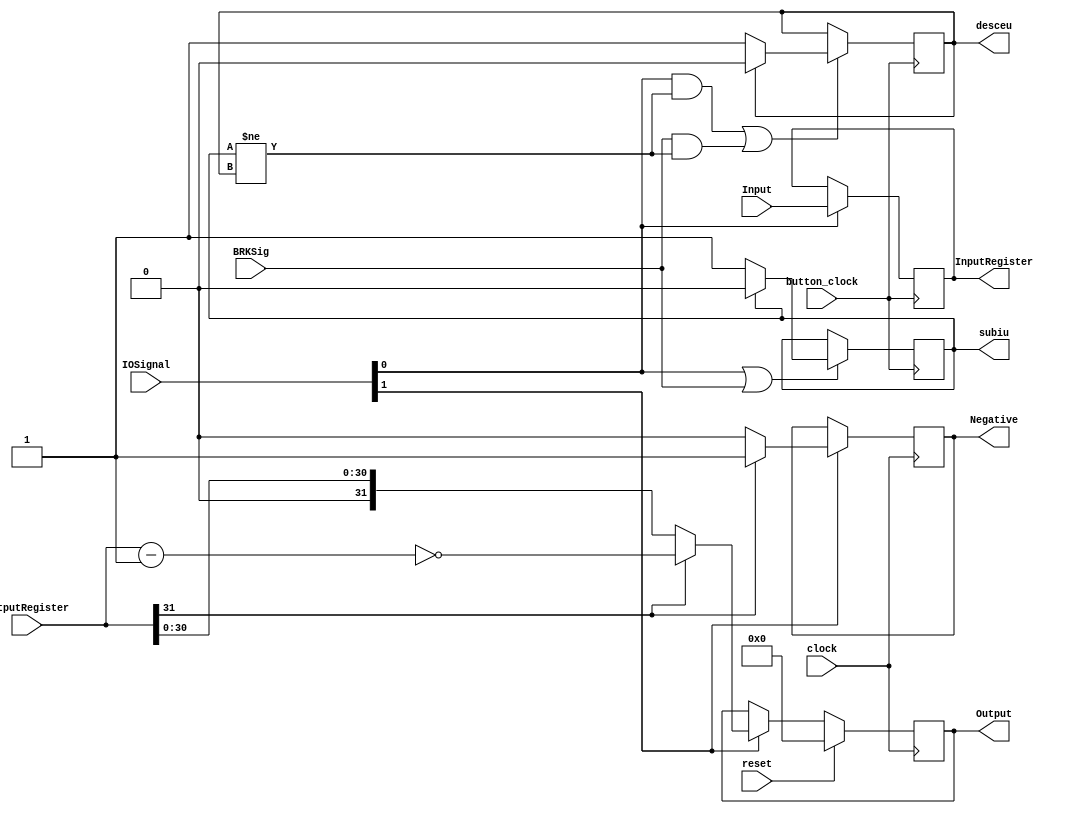
module IOLogic(
	input [1:0] IOSignal,
	input [31:0] OutputRegister,
	input clock, 
	input button_clock,
	input [31:0] Input,
	output reg [31:0] InputRegister,
	output reg subiu,
	output reg desceu,
	output reg [31:0] Output,
	input reset,
	input BRKSig,
	output reg Negative);
	
	reg [31:0] InputCheck;
	
	always@(posedge button_clock)
	begin
		if(IOSignal[0] == 1)
			InputRegister = Input;
	end
	
	always@(posedge button_clock)
	begin
		if(IOSignal[0] == 1 | BRKSig == 1)
		begin
			if(subiu == 0)
				subiu = 1;
			else
				subiu = 0;
		end
	end
	
	always@(negedge button_clock)
	begin
		if((IOSignal[0] == 1 & subiu != desceu) | (BRKSig == 1 & subiu != desceu))
		begin
			if(desceu == 0)
				desceu = 1;
			else
				desceu = 0;
		end
	end
			
	always@(posedge clock)
	begin
	
		case(IOSignal[1]) //Output logic
			1'b1:
			begin
				if(OutputRegister[31] == 1)
				begin
					Output = ~(OutputRegister - 32'd1);
					Negative = 1;
				end
				else
				begin
					Output = OutputRegister;
					Negative = 0;
				end
			end
			default:;
		endcase
		
		if(reset == 1)
			Output = 32'd0;
	end

endmodule